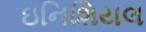
ઇનિશિયલ